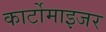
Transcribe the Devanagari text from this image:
कार्टोमाइजर